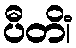
ပီတိံ၊